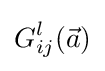
G_{ij}^{l}({\vec {a}})